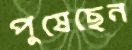
পুষেছেন